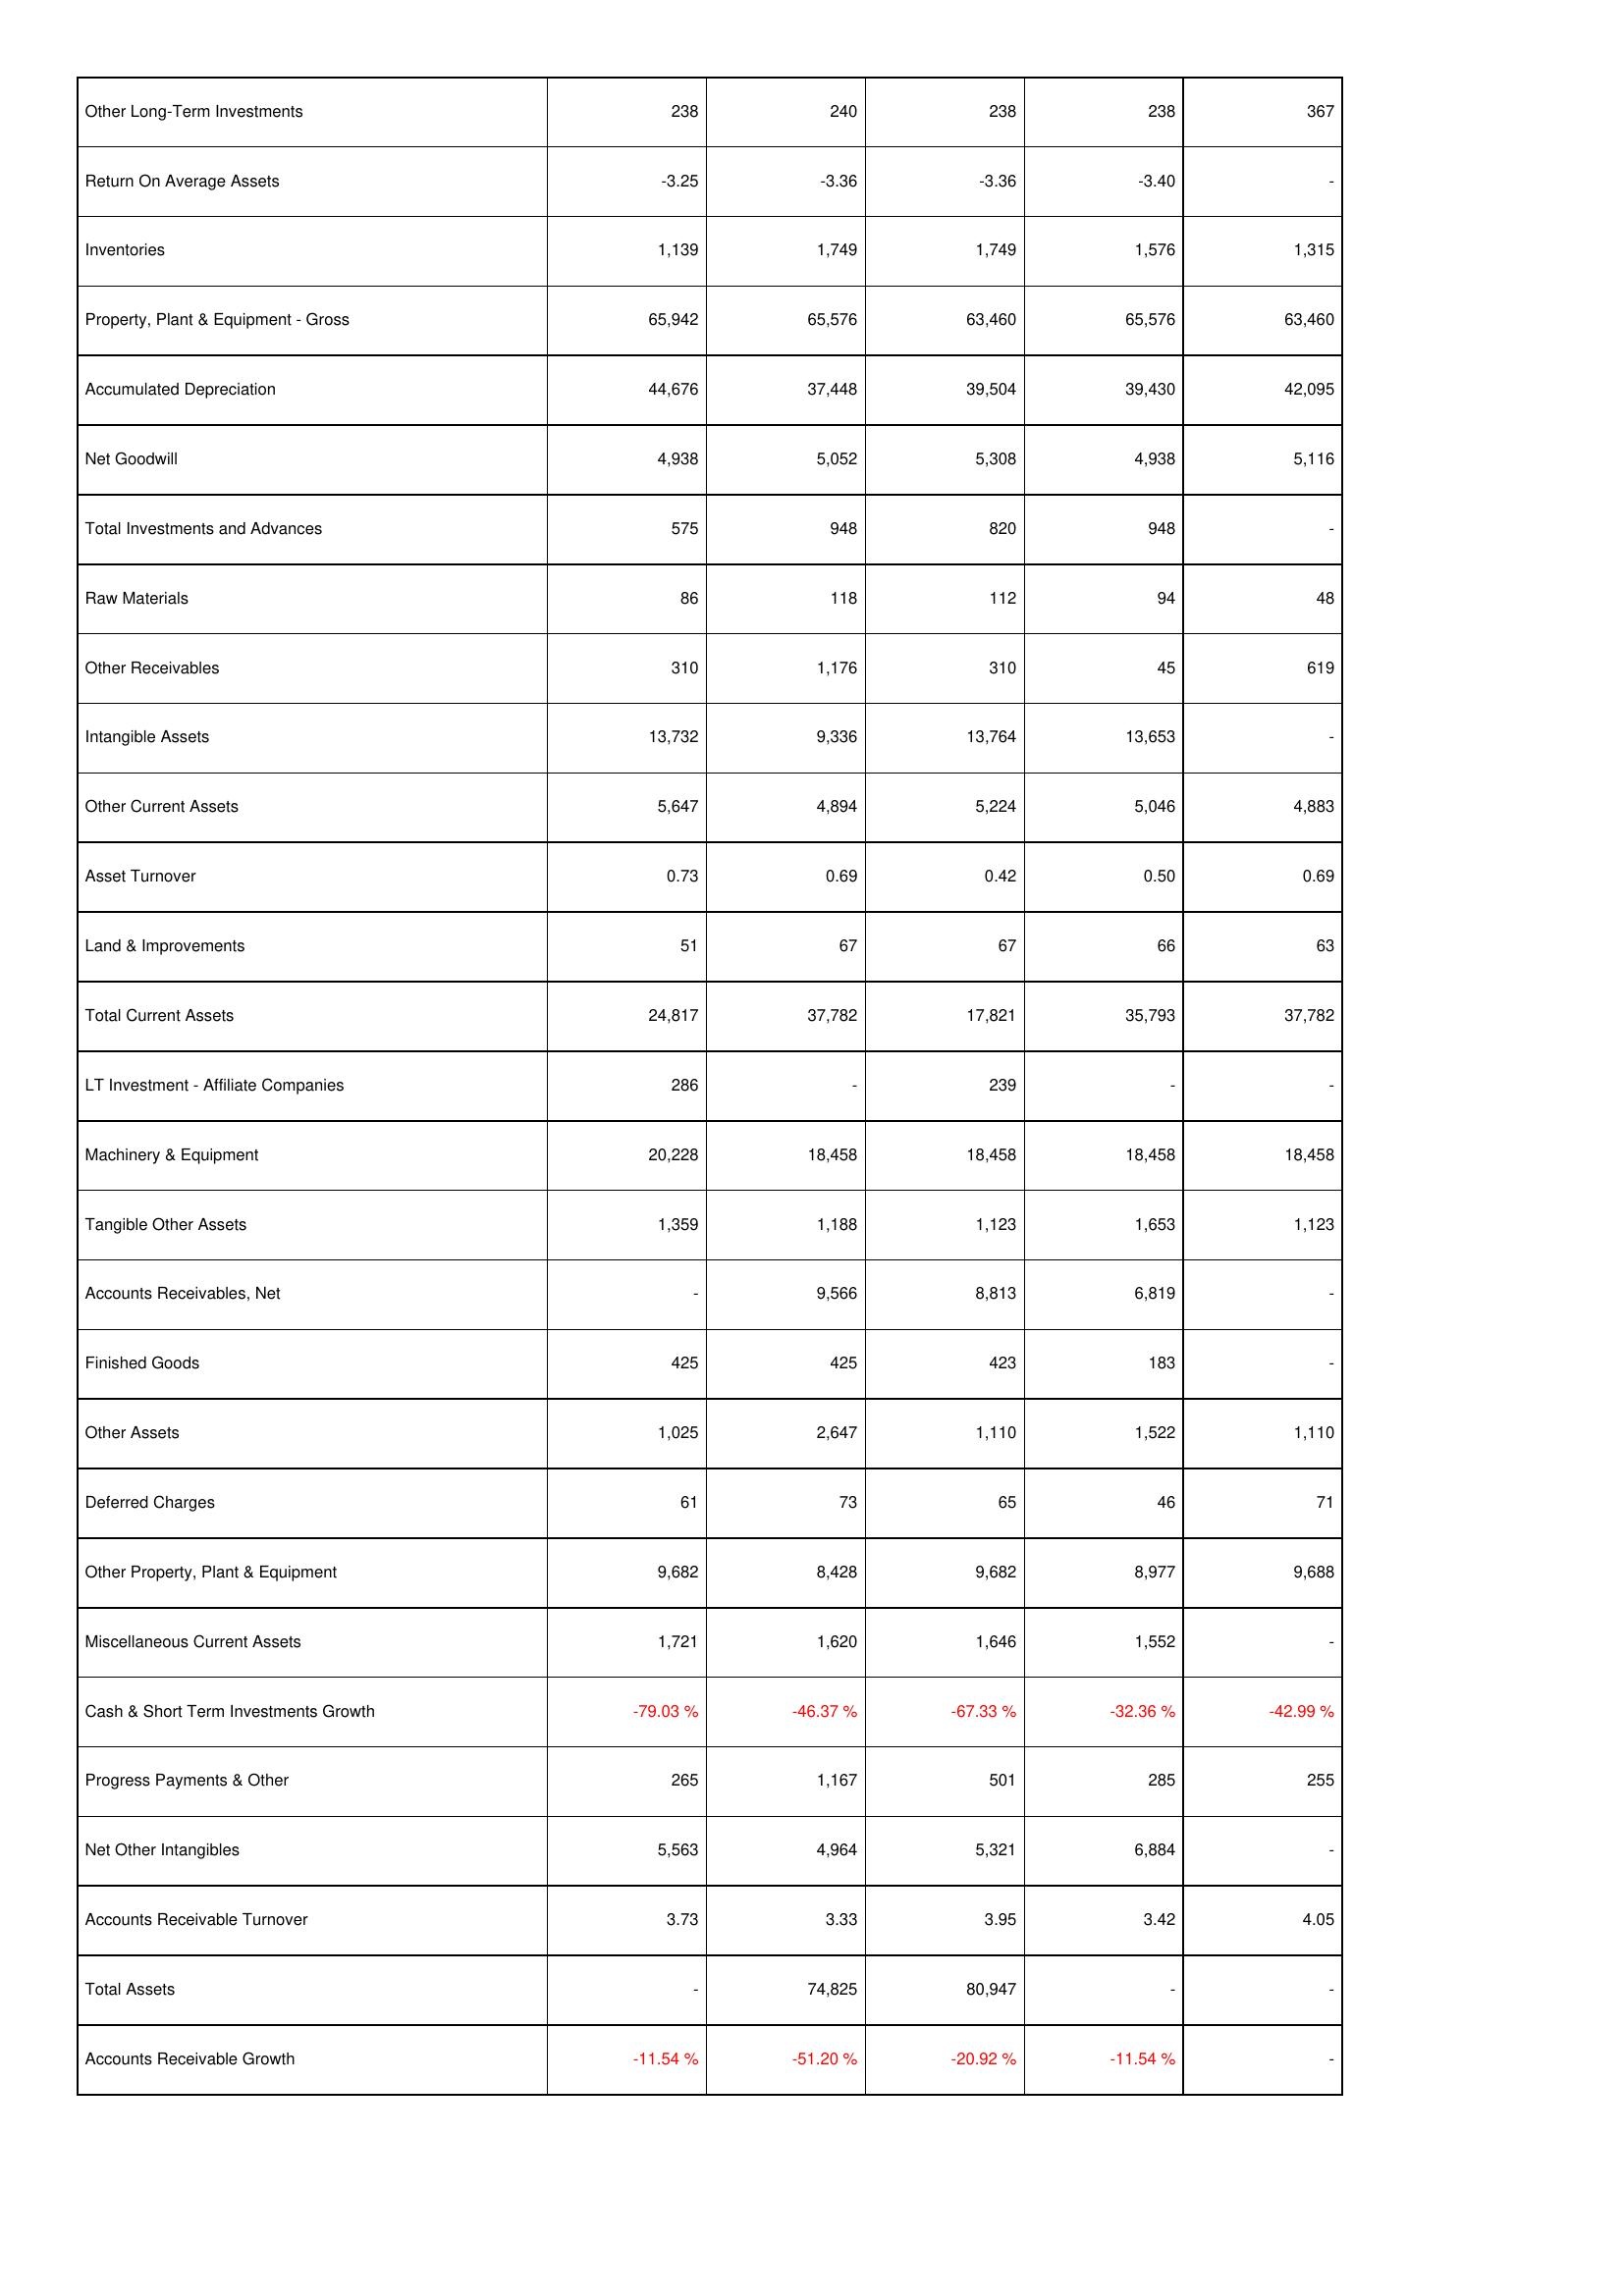
2005: Assets: Other Long-Term Investments: 238
Return On Average Assets: -3.25
Inventories: 1,139
Property, Plant & Equipment - Gross: 65,942
Accumulated Depreciation: 44,676
Net Goodwill: 4,938
Total Investments and Advances: 575
Raw Materials: 86
Other Receivables: 310
Intangible Assets: 13,732
Other Current Assets: 5,647
Asset Turnover: 0.73
Land & Improvements: 51
Total Current Assets: 24,817
LT Investment - Affiliate Companies: 286
Machinery & Equipment: 20,228
Tangible Other Assets: 1,359
Accounts Receivables, Net: -
Finished Goods: 425
Other Assets: 1,025
Deferred Charges: 61
Other Property, Plant & Equipment: 9,682
Miscellaneous Current Assets: 1,721
Cash & Short Term Investments Growth: -79.03 %
Progress Payments & Other: 265
Net Other Intangibles: 5,563
Accounts Receivable Turnover: 3.73
Total Assets: -
Accounts Receivable Growth: -11.54 %
2006: Assets: Other Long-Term Investments: 240
Return On Average Assets: -3.36
Inventories: 1,749
Property, Plant & Equipment - Gross: 65,576
Accumulated Depreciation: 37,448
Net Goodwill: 5,052
Total Investments and Advances: 948
Raw Materials: 118
Other Receivables: 1,176
Intangible Assets: 9,336
Other Current Assets: 4,894
Asset Turnover: 0.69
Land & Improvements: 67
Total Current Assets: 37,782
LT Investment - Affiliate Companies: -
Machinery & Equipment: 18,458
Tangible Other Assets: 1,188
Accounts Receivables, Net: 9,566
Finished Goods: 425
Other Assets: 2,647
Deferred Charges: 73
Other Property, Plant & Equipment: 8,428
Miscellaneous Current Assets: 1,620
Cash & Short Term Investments Growth: -46.37 %
Progress Payments & Other: 1,167
Net Other Intangibles: 4,964
Accounts Receivable Turnover: 3.33
Total Assets: 74,825
Accounts Receivable Growth: -51.20 %
2007: Assets: Other Long-Term Investments: 238
Return On Average Assets: -3.36
Inventories: 1,749
Property, Plant & Equipment - Gross: 63,460
Accumulated Depreciation: 39,504
Net Goodwill: 5,308
Total Investments and Advances: 820
Raw Materials: 112
Other Receivables: 310
Intangible Assets: 13,764
Other Current Assets: 5,224
Asset Turnover: 0.42
Land & Improvements: 67
Total Current Assets: 17,821
LT Investment - Affiliate Companies: 239
Machinery & Equipment: 18,458
Tangible Other Assets: 1,123
Accounts Receivables, Net: 8,813
Finished Goods: 423
Other Assets: 1,110
Deferred Charges: 65
Other Property, Plant & Equipment: 9,682
Miscellaneous Current Assets: 1,646
Cash & Short Term Investments Growth: -67.33 %
Progress Payments & Other: 501
Net Other Intangibles: 5,321
Accounts Receivable Turnover: 3.95
Total Assets: 80,947
Accounts Receivable Growth: -20.92 %
2008: Assets: Other Long-Term Investments: 238
Return On Average Assets: -3.40
Inventories: 1,576
Property, Plant & Equipment - Gross: 65,576
Accumulated Depreciation: 39,430
Net Goodwill: 4,938
Total Investments and Advances: 948
Raw Materials: 94
Other Receivables: 45
Intangible Assets: 13,653
Other Current Assets: 5,046
Asset Turnover: 0.50
Land & Improvements: 66
Total Current Assets: 35,793
LT Investment - Affiliate Companies: -
Machinery & Equipment: 18,458
Tangible Other Assets: 1,653
Accounts Receivables, Net: 6,819
Finished Goods: 183
Other Assets: 1,522
Deferred Charges: 46
Other Property, Plant & Equipment: 8,977
Miscellaneous Current Assets: 1,552
Cash & Short Term Investments Growth: -32.36 %
Progress Payments & Other: 285
Net Other Intangibles: 6,884
Accounts Receivable Turnover: 3.42
Total Assets: -
Accounts Receivable Growth: -11.54 %
2009: Assets: Other Long-Term Investments: 367
Return On Average Assets: -
Inventories: 1,315
Property, Plant & Equipment - Gross: 63,460
Accumulated Depreciation: 42,095
Net Goodwill: 5,116
Total Investments and Advances: -
Raw Materials: 48
Other Receivables: 619
Intangible Assets: -
Other Current Assets: 4,883
Asset Turnover: 0.69
Land & Improvements: 63
Total Current Assets: 37,782
LT Investment - Affiliate Companies: -
Machinery & Equipment: 18,458
Tangible Other Assets: 1,123
Accounts Receivables, Net: -
Finished Goods: -
Other Assets: 1,110
Deferred Charges: 71
Other Property, Plant & Equipment: 9,688
Miscellaneous Current Assets: -
Cash & Short Term Investments Growth: -42.99 %
Progress Payments & Other: 255
Net Other Intangibles: -
Accounts Receivable Turnover: 4.05
Total Assets: -
Accounts Receivable Growth: -